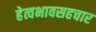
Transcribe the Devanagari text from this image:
हेत्वभावसहचार